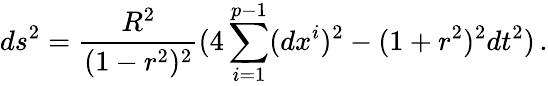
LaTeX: ds^{2}=\frac{R^{2}}{(1-r^{2})^{2}}(4\sum_{i=1}^{p-1}(dx^{i})^{2}-(1+r^{2})^{2}dt^{2})\, .